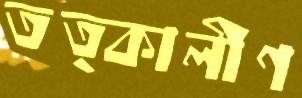
তত্কালীণ